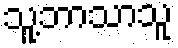
သူ့ဘာသာသူ